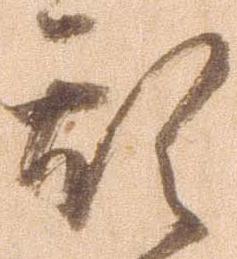
乱